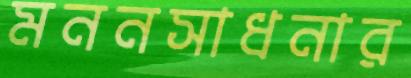
মননসাধনার